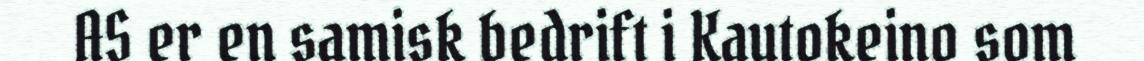
AS er en samisk bedrift i Kautokeino som